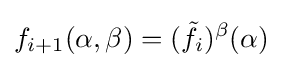
f_{i+1}(\alpha ,\beta )=({\tilde {f}}_{i})^{\beta }(\alpha )